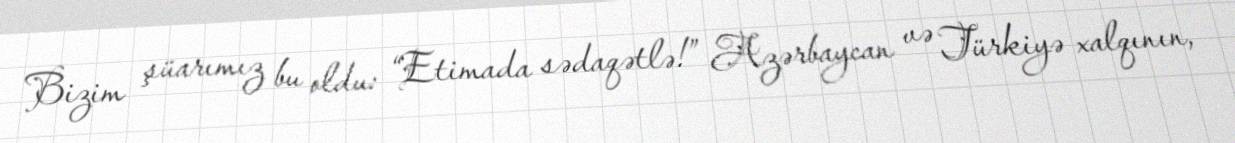
Bizim şüarımız bu oldu: “Etimada sədaqətlə!” Azərbaycan və Türkiyə xalqının,